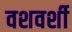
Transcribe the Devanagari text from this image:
वशवर्शी